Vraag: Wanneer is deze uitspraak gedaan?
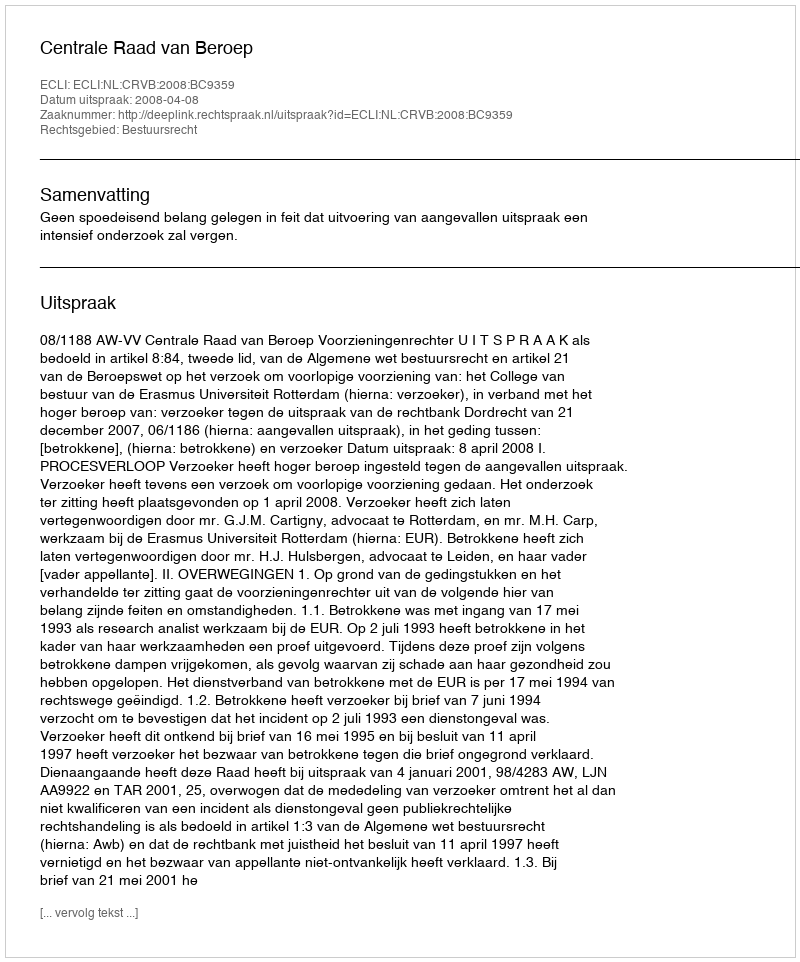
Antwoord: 2008-04-08